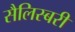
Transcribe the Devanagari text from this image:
सैलिस्बरी